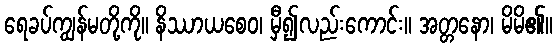
ရေခပ်ကျွန်မတို့ကို။ နိဿာယစေဝ၊ မှီ၍လည်းကောင်း။ အတ္တနော၊ မိမိ၏။